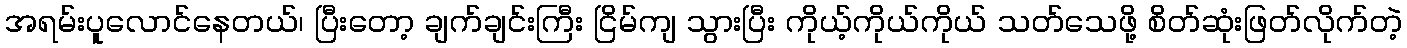
အရမ်းပူလောင်နေတယ်၊ ပြီးတော့ ချက်ချင်းကြီး ငြိမ်ကျ သွားပြီး ကိုယ့်ကိုယ်ကိုယ် သတ်သေဖို့ စိတ်ဆုံးဖြတ်လိုက်တဲ့